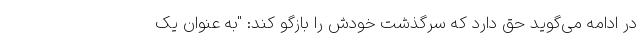
در ادامه می‌گوید حق دارد که سرگذشت خودش را بازگو کند: "به عنوان یک